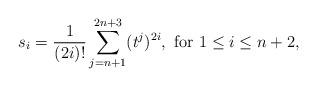
LaTeX: \begin{align*} s_{i}=\frac{1}{(2i)!}\sum_{j=n+1}^{2n+3}(t^j)^{2i},\ \mbox{for}\ 1\leq i\leq n+2,\end{align*}